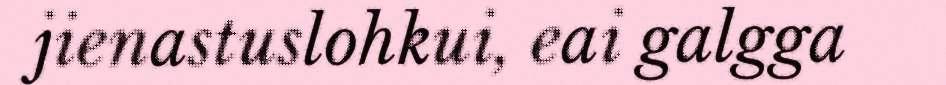
jienastuslohkui, eai galgga